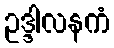
ဥဒ္ဒါလနကံ